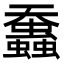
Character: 䘉